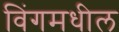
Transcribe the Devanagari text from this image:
विंगमधील